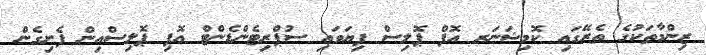
ޒިންމާތަކުގެ ތެރޭގައި ކޮމިޝަނަރ އޮފް ޕޮލިސް ފިޔަވައި ސުޕްރިޓެންޑެންޓް އޮފި ޕޮލިސްއިން ފެށިގެން